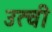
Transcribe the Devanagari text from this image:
उत्वी